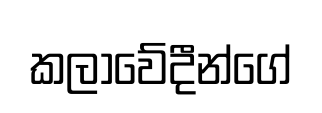
කලාවේදීන්ගේ